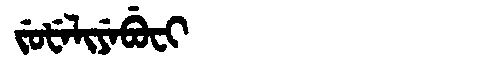
Manchu: ᠵᡠᡶᡝᠯᡳᠶᡝᠪᡠᠸᡳ
Romanization: JUFELIYEBUFI